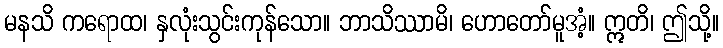
မနသိ ကရောထ၊ နှလုံးသွင်းကုန်သော။ ဘာသိဿာမိ၊ ဟောတော်မူအံ့။ ဣတိ၊ ဤသို့။